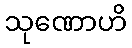
သုဏောဟိ